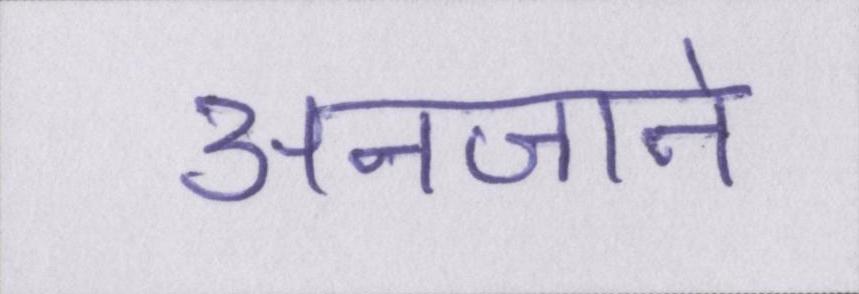
अनजाने